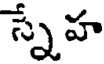
స్నేహ